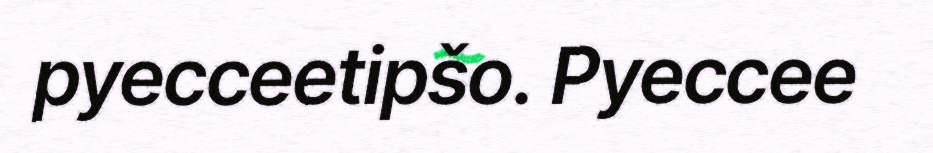
pyecceetipšo. Pyeccee